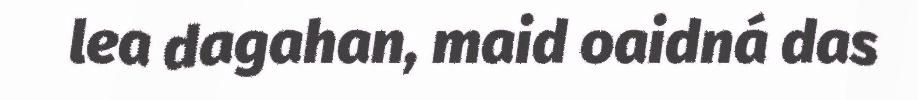
lea dagahan, maid oaidná das